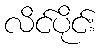
လိင်ပိုင်း